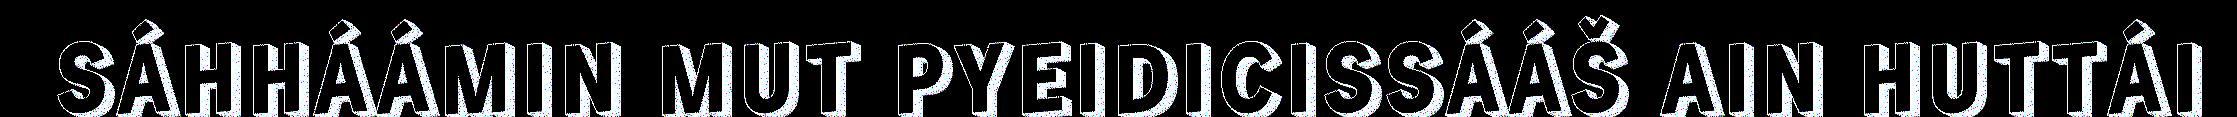
SÁHHÁÁMIN MUT PYEIDICISSÁÁŠ AIN HUTTÁI